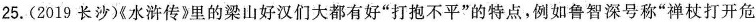
25.(2019 长沙)《水浒传》里的梁山好汉们大都有好”打抱不平”的特点，例如鲁智深号称”禅杖打开危